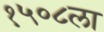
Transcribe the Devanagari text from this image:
१५०८ला